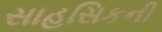
સાહસિકની